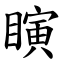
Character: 瞚